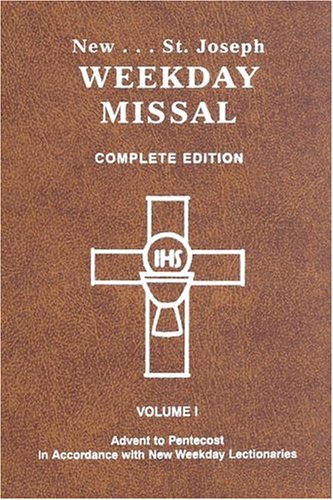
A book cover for St. Joseph Weekday Missal, Complete Edition, Vol. 1, Advent to Pentecost; Catholic Book Publishing Co; Christian Books & Bibles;